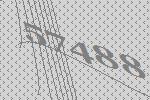
57488